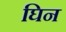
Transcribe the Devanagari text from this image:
घिन